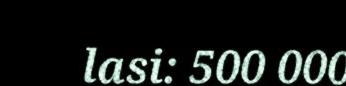
lasi: 500 000